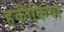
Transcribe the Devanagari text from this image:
हकीकिया